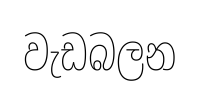
වැඩබලන